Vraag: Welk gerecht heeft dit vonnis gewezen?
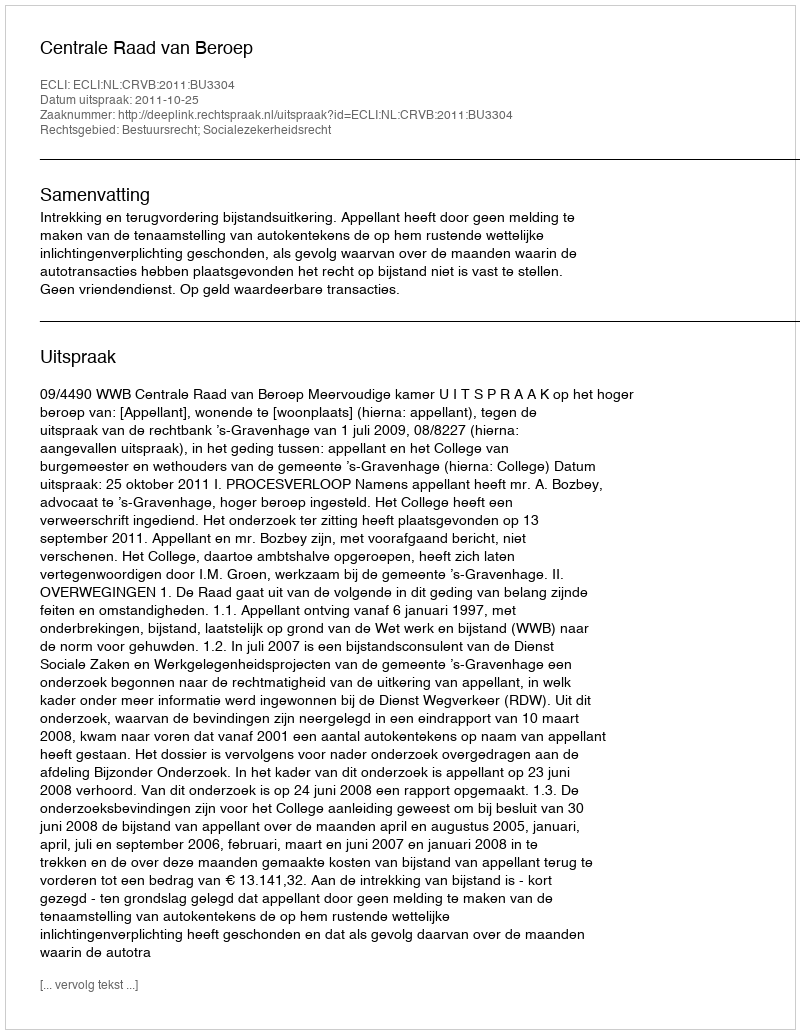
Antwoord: Centrale Raad van Beroep